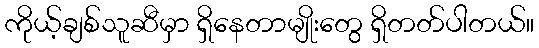
ကိုယ့်ချစ်သူဆီမှာ ရှိနေတာမျိုးတွေ ရှိတတ်ပါတယ်။